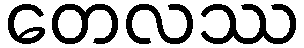
တေလဿ